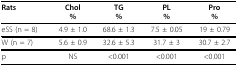
| Rats | Chol% | TG% | PL% | Pro% |
 | --- | --- | --- | --- | --- |
 | eSS (n = 8) | 4.9 ± 1.0 | 68.6 ± 1.3 | 7.5 ± 0.05 | 19 ± 0.79 |
 | W (n = 7) | 5.6 ± 0.9 | 32.6 ± 5.3 | 31.7 ± 3 | 30.7 ± 2.7 |
 | p | NS | <0.001 | <0.001 | <0.001 |